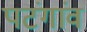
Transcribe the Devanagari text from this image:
पटंगांव